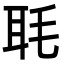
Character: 毦